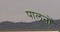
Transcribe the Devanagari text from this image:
पालनों